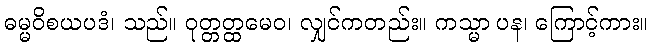
ဓမ္မဝိစယပဒံ၊ သည်။ ဝုတ္တတ္ထမေဝ၊ လျှင်ကတည်း။ ကသ္မာ ပန၊ ကြောင့်ကား။